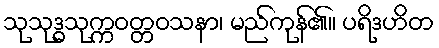
သုသုဒ္ဓသုက္ကဝတ္တဝသနာ၊ မည်ကုန်၏။ ပရိဒဟိတ